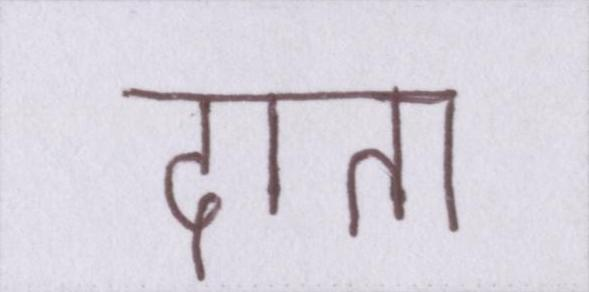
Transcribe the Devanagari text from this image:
दाता